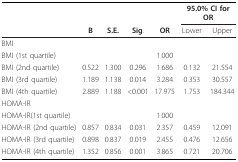
<table><thead><tr><td></td><td></td><td></td><td></td><td></td><td colspan="2"><b>95.0% CI for OR</b></td></tr><tr><td></td><td><b>B</b></td><td><b>S.E.</b></td><td><b>Sig.</b></td><td><b>OR</b></td><td><b>Lower</b></td><td><b>Upper</b></td></tr></thead><tbody><tr><td>BMI</td><td></td><td></td><td></td><td></td><td></td><td></td></tr><tr><td>BMI (1st quartile)</td><td></td><td></td><td></td><td>1.000</td><td></td><td></td></tr><tr><td>BMI (2nd quartile)</td><td>0.522</td><td>1.300</td><td>0.296</td><td>1.686</td><td>0.132</td><td>21.554</td></tr><tr><td>BMI (3rd quartile)</td><td>1.189</td><td>1.138</td><td>0.014</td><td>3.284</td><td>0.353</td><td>30.557</td></tr><tr><td>BMI (4th quartile)</td><td>2.889</td><td>1.188</td><td>&lt;0.001</td><td>17.975</td><td>1.753</td><td>184.344</td></tr><tr><td>HOMA-IR</td><td></td><td></td><td></td><td></td><td></td><td></td></tr><tr><td>HOMA-IR(1st quartile)</td><td></td><td></td><td></td><td>1.000</td><td></td><td></td></tr><tr><td>HOMA-IR (2nd quartile)</td><td>0.857</td><td>0.834</td><td>0.031</td><td>2.357</td><td>0.459</td><td>12.091</td></tr><tr><td>HOMA-IR (3rd quartile)</td><td>0.898</td><td>0.837</td><td>0.019</td><td>2.455</td><td>0.476</td><td>12.656</td></tr><tr><td>HOMA-IR (4th quartile)</td><td>1.352</td><td>0.856</td><td>0.001</td><td>3.865</td><td>0.721</td><td>20.706</td></tr></tbody></table>